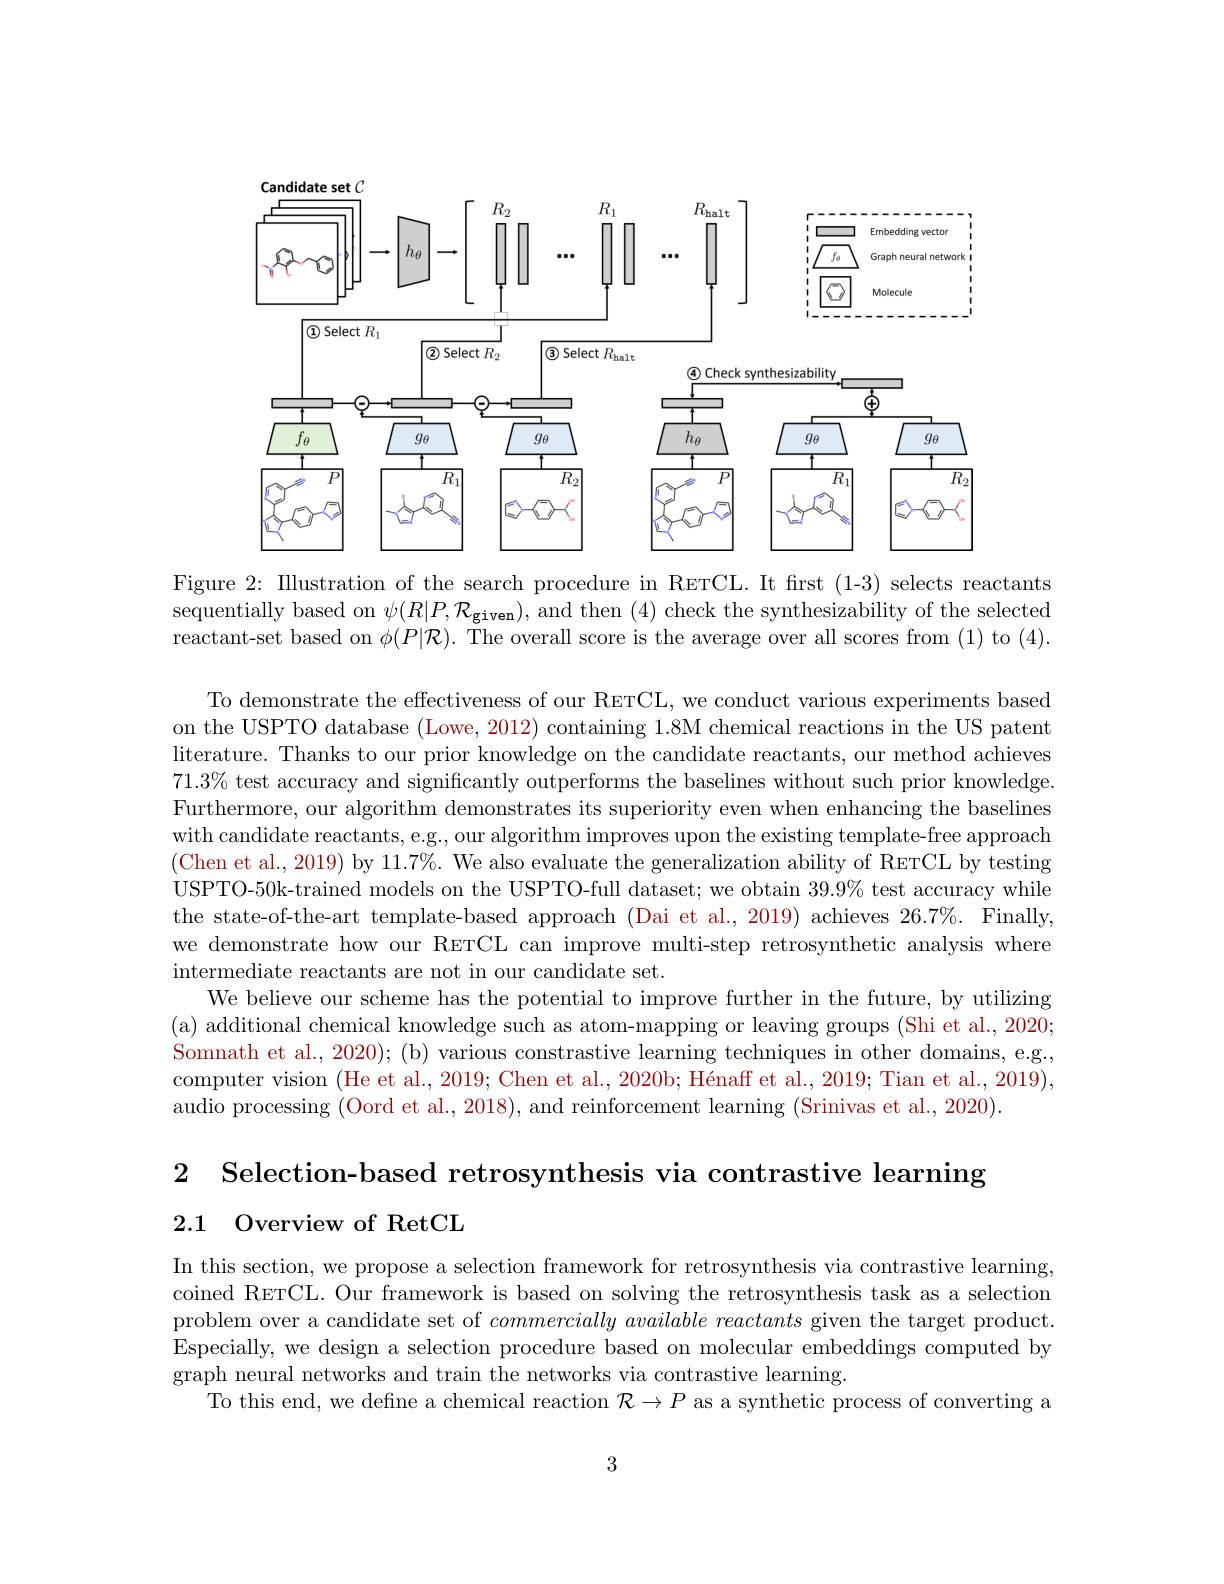
<FigureHere>

Figure 2: Illustration of the search procedure in RETCL. It first (1-3) selects reactants sequentially based on $\psi(R|P,\mathcal{R}_{\mathbf{given}})$, and then (4) check the synthesizability of the selected reactant-set based on $\phi(P|\mathcal{R}).$ The overall score is the average over all scores from (1) to (4).

To demonstrate the effectiveness of our RETCL, we conduct various experiments based on the USPTO database (Lowe, 2012) containing 1.8M chemical reactions in the US patent literature. Thanks to our prior knowledge on the candidate reactants, our method achieves $71.3\%$ test accuracy and significantly outperforms the baselines without such prior knowledge. Furthermore, our algorithm demonstrates its superiority even when enhancing the baselines with candidate reactants, e.g., our algorithm improves upon the existing template-free approach (Chen et al., 2019) by 11.7%. We also evaluate the generalization ability of RETCL by testing USPTO-50k-trained models on the USPTO-full dataset; we obtain $39.9\%$ test accuracy while the state-of-the-art template-based approach (Dai et al., 2019) achieves $26.7\%.$ Finally, we demonstrate how our RETCL can improve multi-step retrosynthetic analysis where intermediate reactants are not in our candidate set.
We believe our scheme has the potential to improve further in the future, by utilizing (a) additional chemical knowledge such as atom-mapping or leaving groups (Shi et al., 2020; Somnath et al., 2020); (b) various constrastive learning techniques in other domains, e.g., computer vision (He et al., 2019; Chen et al., 2020b; Hénaff et al., 2019; Tian et al., 2019), audio processing (Oord et al., 2018), and reinforcement learning (Srinivas et al., 2020).

2 Selection-based retrosynthesis via contrastive learning
## 2.1 Overview of RetCL

In this section, we propose a selection framework for retrosynthesis via contrastive learning, coined RETCL. Our framework is based on solving the retrosynthesis task as a selection problem over a candidate set of $commercially\textit{available reactants given the target product. }$ Especially, we design a selection procedure based on molecular embeddings computed by graph neural networks and train the networks via contrastive learning.
To this end, we define a chemical reaction $\mathcal{R}\to P$ as a synthetic process of converting a

3